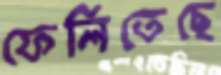
ফেলিতেছে